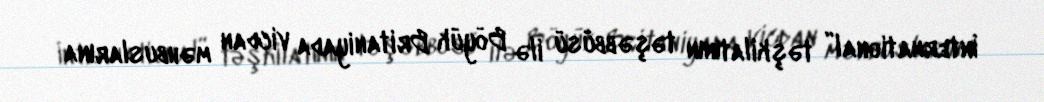
İnternational” təşkilatının təşəbbüsü ilə Böyük Britaniyada vicdan məhbuslarına